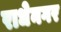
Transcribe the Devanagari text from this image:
राधेनगर